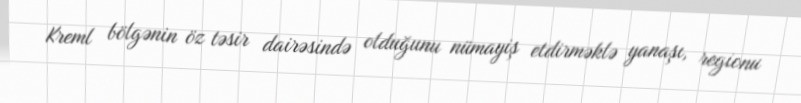
Kreml bölgənin öz təsir dairəsində olduğunu nümayiş etdirməklə yanaşı, regionu